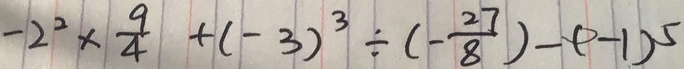
- 2 ^ { 2 } \times \frac { 9 } { 4 } + ( - 3 ) ^ { 3 } \div ( - \frac { 2 7 } { 8 } ) - ( - 1 ) ^ { 5 }